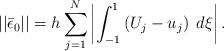
LaTeX: \begin{align*}||\bar{\epsilon}_0|| = h \sum_{j=1}^N \left| \int_{-1}^1 \left( U_j - u_j \right) \; d\xi \right| .\end{align*}